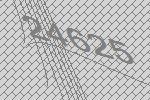
24625